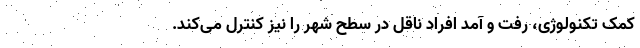
کمک تکنولوژی، رفت و آمد افراد ناقل در سطح شهر را نیز کنترل می‌کند.